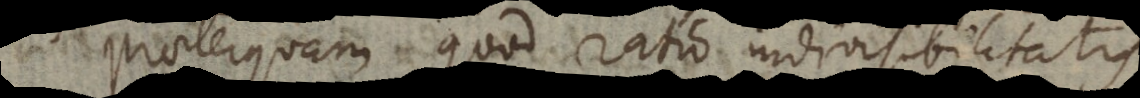
Praeterquam quod ratio indivisibilitatis